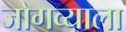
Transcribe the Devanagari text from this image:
जोगव्याला